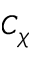
C _ { \chi }